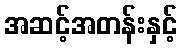
အဆင့်အတန်းနှင့်